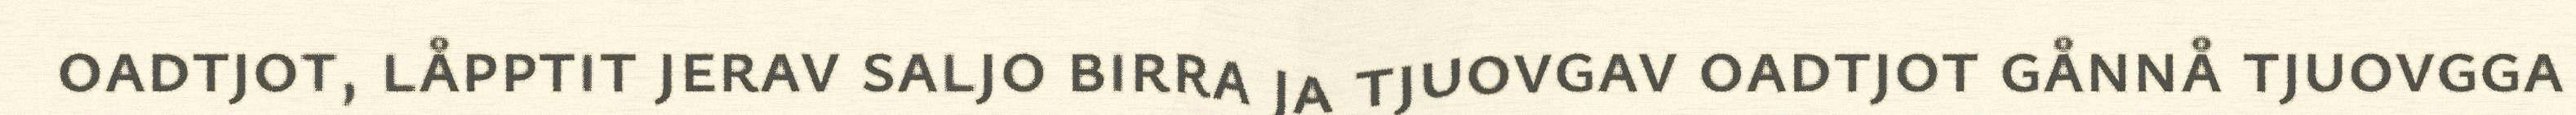
oadtjot, låpptit jerav saljo birra ja tjuovgav oadtjot gånnå tjuovgga